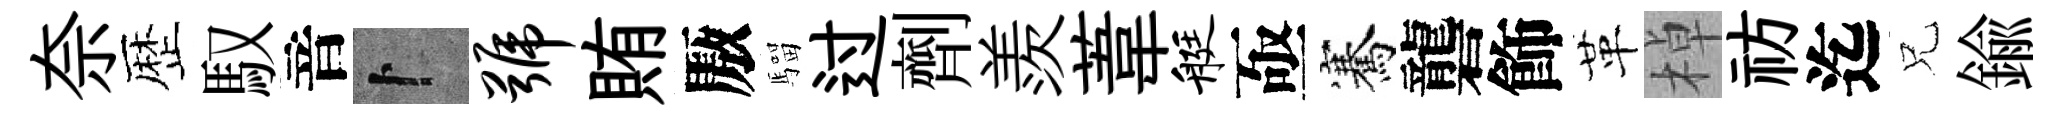
奈歴馭音卜号賄厫騮过劑羨葦艇亟騫礱飾革棹祊迄兄鍮